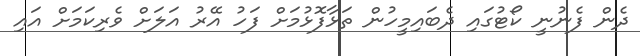
ދެން ފެނުނީ ކޯޓުގައި ދެބައިމީހުން ތަޅާފޮޅުމަށް ފަހު އޭރު އަލަށް ވެރިކަމަށް އައި